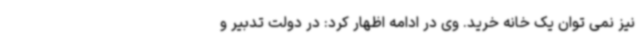
نیز نمی توان یک خانه خرید. وی در ادامه اظهار کرد: در دولت تدبیر و